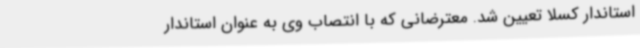
استاندار کسلا تعیین شد. معترضانی که با انتصاب وی به عنوان استاندار